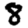
Digit: 8